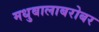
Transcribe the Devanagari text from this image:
मधुबालाबरोबर